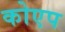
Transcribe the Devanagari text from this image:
कोएप